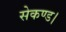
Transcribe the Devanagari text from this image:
सेकण्ड।